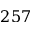
2 5 7